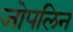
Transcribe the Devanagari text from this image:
जोपलिन